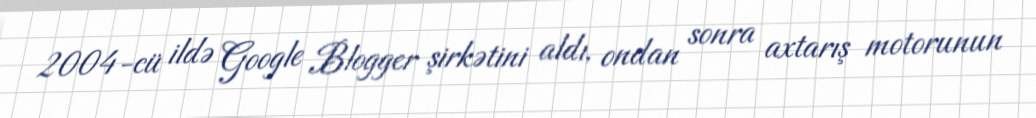
2004-cü ildə Google Blogger şirkətini aldı, ondan sonra axtarış motorunun